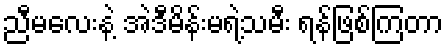
ညီမလေးနဲ့ အဲဒီမိန်းမရဲ့သမီး ရန်ဖြစ်ကြတာ